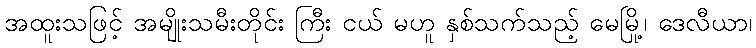
အထူးသဖြင့် အမျိုးသမီးတိုင်း ကြီး ငယ် မဟူ နှစ်သက်သည့် မေမြို့၊ ဒေလီယာ၊